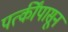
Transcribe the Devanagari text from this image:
पत्कींपासून